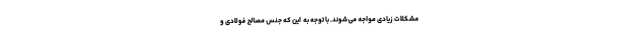
مشکلات زیادی مواجه می‌شوند. با توجه به ‌ این که جنس مصالح فولادی و